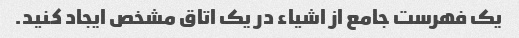
یک فهرست جامع از اشیاء در یک اتاق مشخص ایجاد کنید.